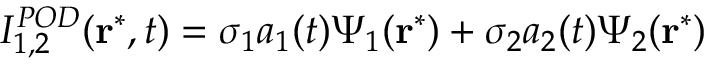
I _ { 1 , 2 } ^ { P O D } ( \mathbf { r ^ { * } } , t ) = \sigma _ { 1 } a _ { 1 } ( t ) \Psi _ { 1 } ( \mathbf { r ^ { * } } ) + \sigma _ { 2 } a _ { 2 } ( t ) \Psi _ { 2 } ( \mathbf { r ^ { * } } )